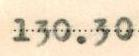
130.30